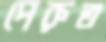
পেরুত